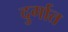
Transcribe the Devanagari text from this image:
दुर्गात